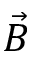
\vec { B }